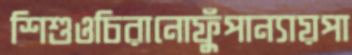
শিশুওচিরানোফুঁপান্যায়পা